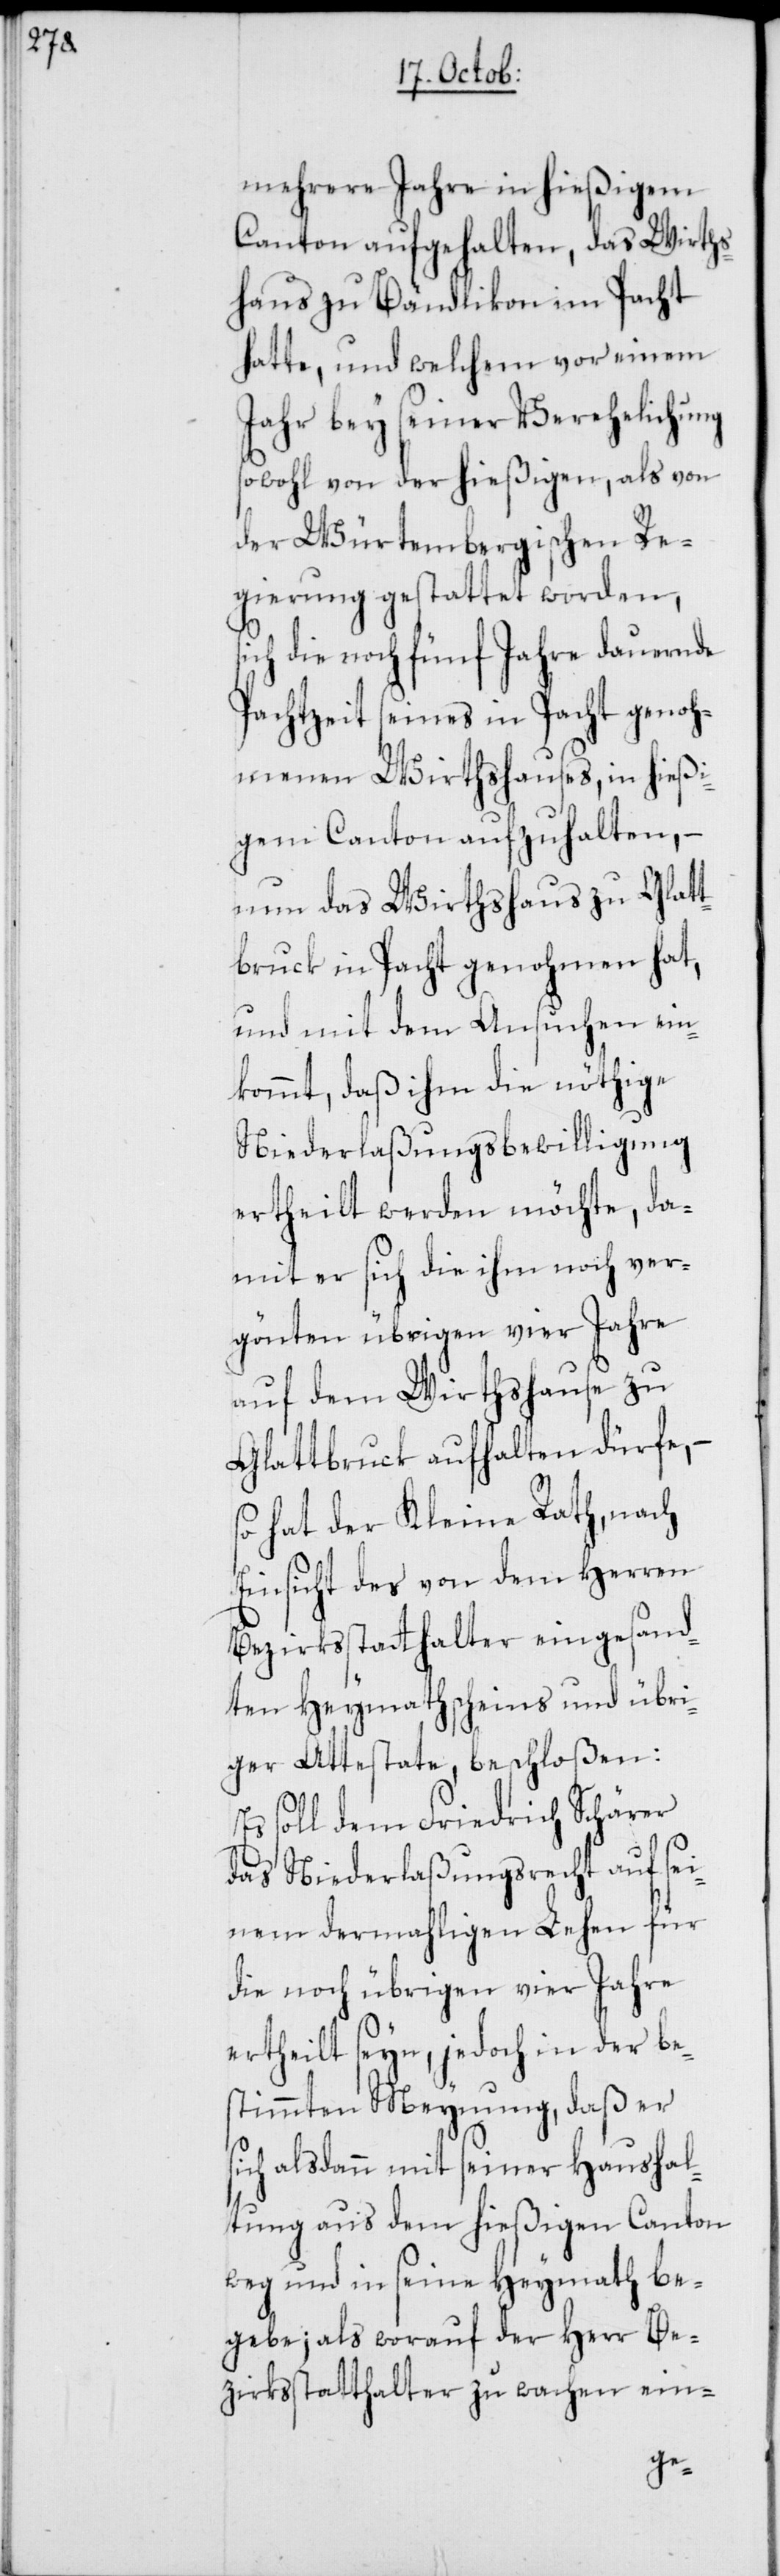
mehrere Jahre in hießigem
Canton aufgehalten, das Wirths¬
haus zu Bändlikon im Pacht
hatte, und welchem vor einem
Jahr bey seiner Verehelichung
sowohl von der hießigen, als von
der Würtembergischen Re¬
gierung gestattet worden,
ich die noch fünf Jahre dauernde
Pachtzeit seines in Pacht genoh¬
menen Wirthshauses, in hießi¬
gem Canton aufzuhalten, –
nun das Wirthshaus zu Glatt¬
bruck in Pacht genohmen hat,
und mit dem Ansuchen ein¬
kommt, daß ihm die nöthige
Niederlaßungsbewilligung
ertheilt werden möchte, da¬
mit er sich die ihm noch ver¬
gönten übrigen vier Jahre
auf dem Wirthshause zu
Glattbrugg aufhalten dürfe, –
so hat der Kleine Rath, nach
Einsicht des von dem Herren
Bezirksstatthalter eingesand¬
ten Heymathscheins und übri¬
ger Attestate, beschloßen:
Es soll dem Friedrich Schärer
das Niederlaßungsrecht auf sei¬
nem dermahligen Lehen für
die noch übrigen vier Jahre
ertheilt seyn, jedoch in der be¬
stimmten Meynung, daß er
sich alsdann mit seiner Haushal¬
tung aus dem hießigen Canton
weg und in seine Heymath be¬
gebe; als worauf der Herr Be¬
zirksstatthalter zu wachen ein-
s¬